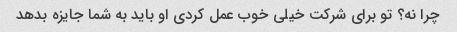
چرا نه؟ تو برای شرکت خیلی خوب عمل کردی او باید به شما جایزه بدهد